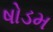
ષોડમ